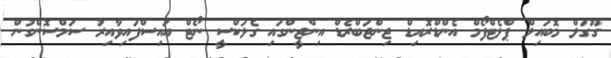
ގޫގަލް މޮބައިލް ޕްލެޓްފޯމް އެންޑްރޮއިޑް ޖިންޖަބްރެޑް އިންޖީންގައި ގެލަކްސީ ނޯޓް އައިސްފައިވާއިރު ސަމްސޮންގުން